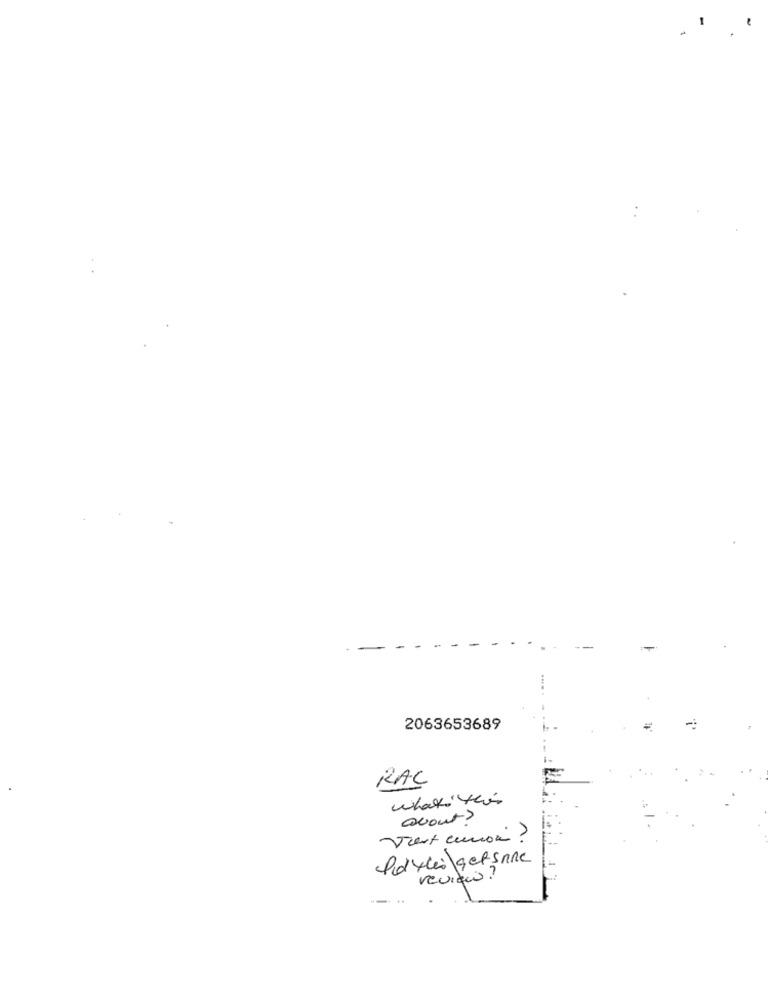
2063653689
-
RAC
avout?
vient curion ?
Pidyli getsnne
revisão?
--..